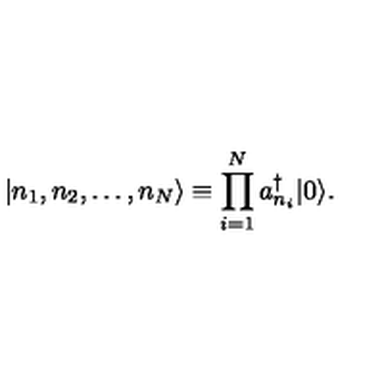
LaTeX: | n _ { 1 } , n _ { 2 } , \dots , n _ { N } \rangle \equiv \prod _ { i = 1 } ^ { N } a _ { n _ { i } } ^ { \dagger } | 0 \rangle .